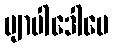
ဗျာပါဒေါပေ